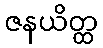
ဇနယိတ္ထ